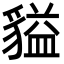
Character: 貖